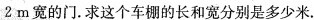
2m宽的门。求这个车棚的长和宽分别是多少米。